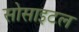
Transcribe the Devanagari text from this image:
सोसाइटल